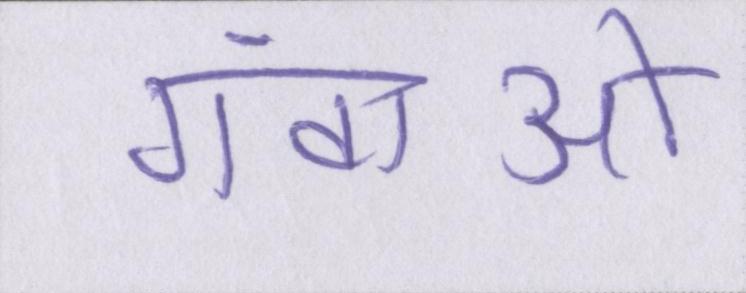
गंवाओ